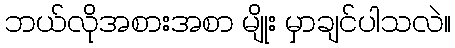
ဘယ်လိုအစားအစာ မျိုး မှာချင်ပါသလဲ။